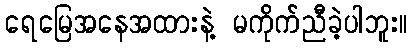
ရေမြေအနေအထားနဲ့ မကိုက်ညီခဲ့ပါဘူး။